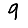
Digit: 9